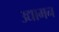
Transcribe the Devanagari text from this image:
उद्यामन